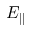
E _ { \parallel }